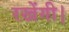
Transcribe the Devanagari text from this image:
रखेंगी।